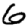
Digit: 6